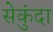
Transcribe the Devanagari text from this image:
सेकुंदा